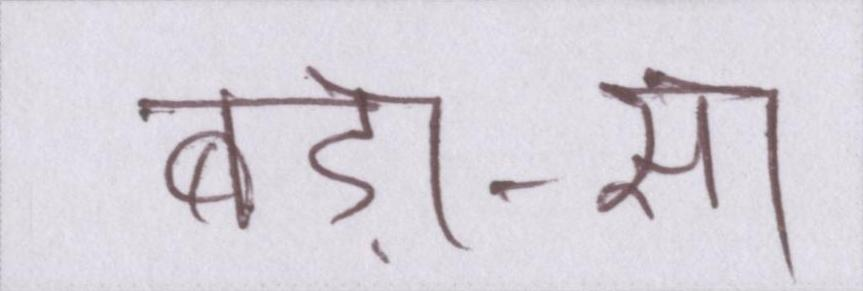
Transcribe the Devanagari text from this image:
बड़ा-सा